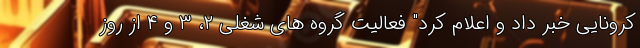
کرونایی خبر داد و اعلام کرد" فعالیت گروه های شغلی ۲، ۳ و ۴ از روز